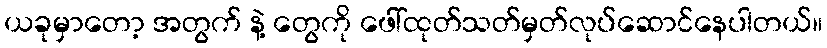
ယခုမှာတော့ အတွက် နဲ့ တွေကို ဖေါ်ထုတ်သတ်မှတ်လုပ်ဆောင်နေပါတယ်။